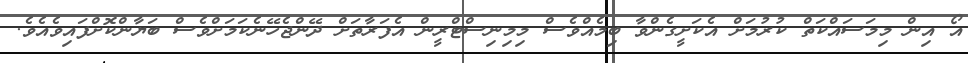
އޯ އިން މިމަސައްކަތް ކުރުމަށް އެކަށީގެންވާ ބިމެއްވެސް މިމިނިސްޓްރީން އެފަރާތަށް ދޭންޖެހޭނެކަމަށްވެސް ބަޔާންކޮށްފައިވެއެވެ.